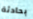
بحادثة